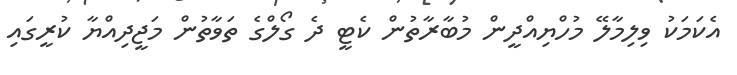
އެކަމަކު ވިލިމާލޭ މުހްޔިއްދީން މުބާރާތުން ކެޓީ ދެ ގޯލްގެ ތަވާތުން މަޖީދިއްޔާ ކުރީގައި